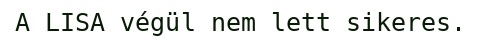
A LISA végül nem lett sikeres.